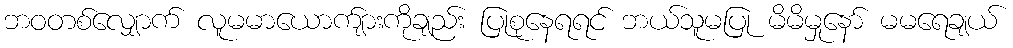
ဘဝတစ်လျှောက် လူမမာယောက်ျားကိုချည်း ပြုစုနေရရင် ဘယ်သူမပြု မိမိမှုနော် မမရေချယ်